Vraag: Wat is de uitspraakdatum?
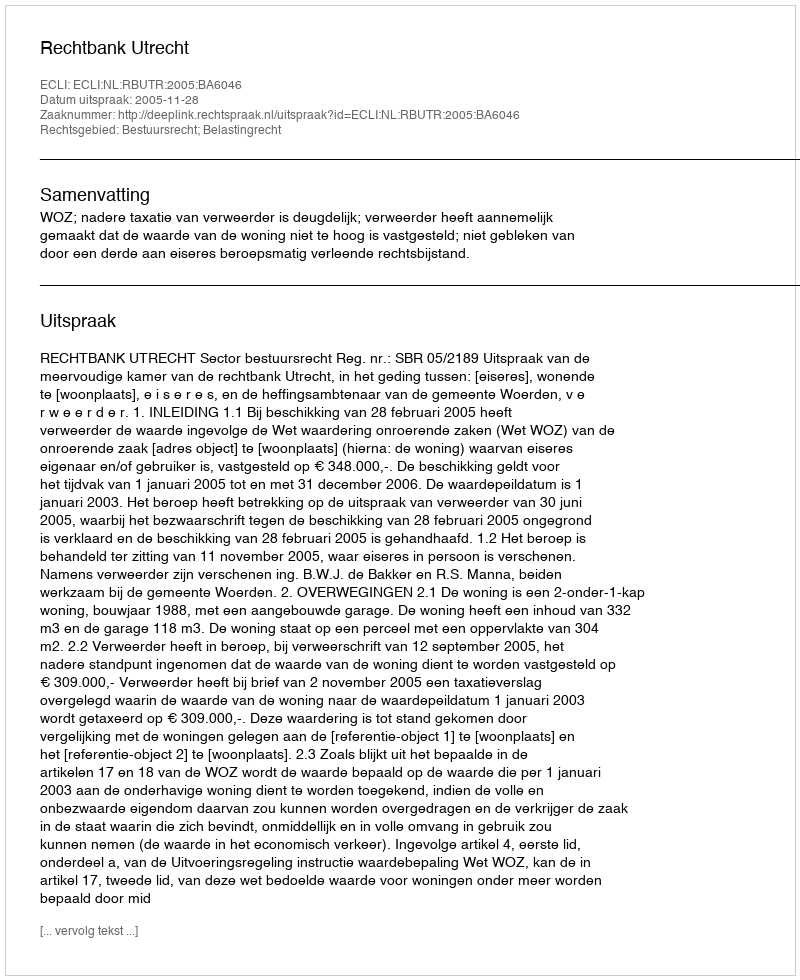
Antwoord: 2005-11-28